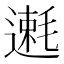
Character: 𫐿